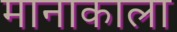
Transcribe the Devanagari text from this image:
मानाकाला